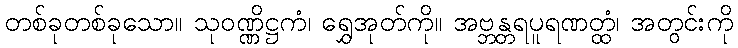
တစ်ခုတစ်ခုသော။ သုဝဏ္ဏိဋ္ဌကံ၊ ရွှေအုတ်ကို။ အဗ္ဘန္တရပူရဏတ္ထံ၊ အတွင်းကို